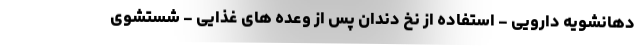
دهانشویه دارویی - استفاده از نخ دندان پس از وعده های غذایی - شستشوی